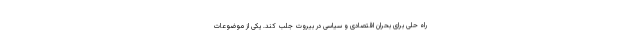
راه حلی برای بحران اقتصادی و سیاسی در بیروت جلب کند. یکی از موضوعات